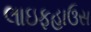
લાઇફહાઉસ